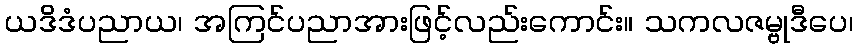
ယဒိဒံပညာယ၊ အကြင်ပညာအားဖြင့်လည်းကောင်း။ သကလဇမ္ဗုဒီပေ၊